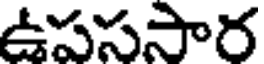
ఉపససార